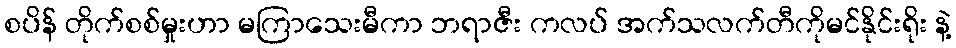
စပိန် တိုက်စစ်မှုးဟာ မကြာသေးမီကာ ဘရာဇီး ကလပ် အက်သလက်တီကိုမင်နိုင်းရိုး နဲ့